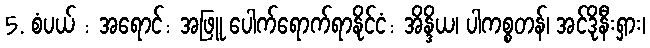
5. စံပယ် : အရောင်: အဖြူ ပေါက်ရောက်ရာနိုင်ငံ: အိန္ဒိယ၊ ပါကစ္စတန်၊ အင်ဒိုနီးရှား၊